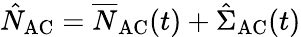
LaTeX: \hat{N}_{\mathrm{AC}}=\overline{N}_{\mathrm{AC}}(t)+\hat{\Sigma}_{\mathrm{AC}}(t)